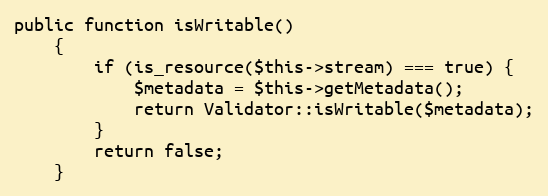
Language: PHP
public function isWritable()
    {
        if (is_resource($this->stream) === true) {
            $metadata = $this->getMetadata();
            return Validator::isWritable($metadata);
        }
        return false;
    }